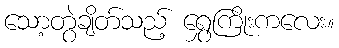
သော့တွဲချိတ်သည့် ရွှေကြိုးကလေး။